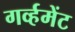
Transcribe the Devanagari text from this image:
गर्व्हमेंट